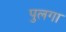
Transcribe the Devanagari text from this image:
पुलगा